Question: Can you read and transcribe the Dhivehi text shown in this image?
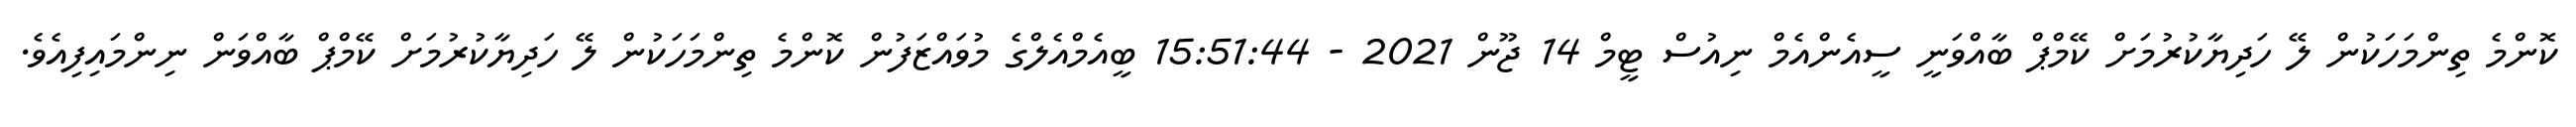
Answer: ކޮންމެ ތިންމަހަކުން ލޭ ހަދިޔާކުރުމަށް ކޭމްޕް ބާއްވަނީ ސީއެންއެމް ނިއުސް ޓީމް 14 ޖޫން 2021 - 15:51:44 ބީއެމްއެލްގެ މުވައްޒަފުން ކޮންމެ ތިންމަހަކުން ލޭ ހަދިޔާކުރުމަށް ކޭމްޕް ބާއްވަން ނިންމައިފިއެވެ.